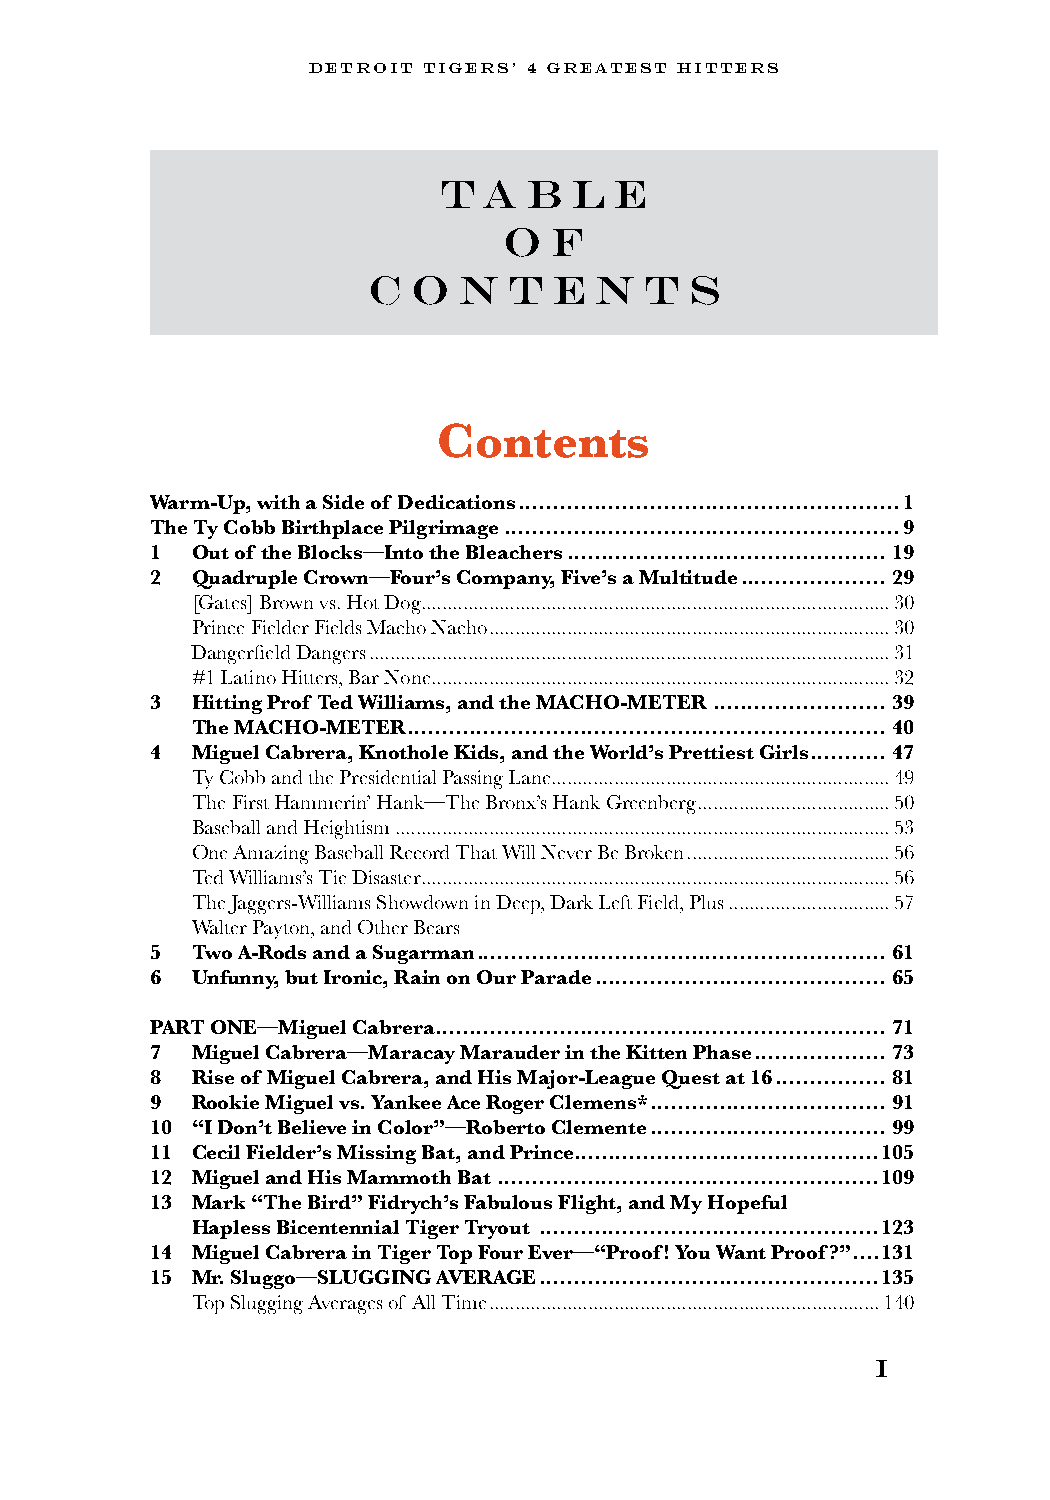
DETROIT TIGERS’ 4 GREATEST HITTERS
 T  a  b  l  e
 o  f
 C  O  N   T  E N   T  S
 Contents
 Warm-Up, with a Side of Dedications .......................................................1
 The Ty Cobb Birthplace Pilgrimage .........................................................9
 1  Out of the Blocks—Into the Bleachers ..............................................19
 2  Quadruple Crown—Four’s Company, Five’s a Multitude .....................29
 [Gates] Brown vs. Hot Dog ..........................................................................................30
 Prince Fielder Fields Macho Nacho .............................................................................30
 Dangerfield Dangers ....................................................................................................31
 #1 Latino Hitters, Bar None ........................................................................................32
 3  Hitting Prof Ted Williams, and the MACHO-METER .........................39
 The MACHO-METER ..................................................................... 40
 4  Miguel Cabrera, Knothole Kids, and the World’s Prettiest Girls ...........47
 Ty Cobb and the Presidential Passing Lane .................................................................49
 The First Hammerin’ Hank—The Bronx’s Hank Greenberg .....................................50
 Baseball and Heightism ...............................................................................................53
 One Amazing Baseball Record That Will Never Be Broken .......................................56
 Ted Williams’s Tie Disaster ..........................................................................................56
 The Jaggers-Williams Showdown in Deep, Dark Left Field, Plus ...............................57
 Walter Payton, and Other Bears
 5  Two A-Rods and a Sugarman ...........................................................61
 6  Unfunny, but Ironic, Rain on Our Parade ..........................................65
 PART ONE—Miguel Cabrera.................................................................71
 7  Miguel Cabrera—Maracay Marauder in the Kitten Phase ...................73
 8  Rise of Miguel Cabrera, and His Major-League Quest at 16 ................81
 9  Rookie Miguel vs. Yankee Ace Roger Clemens* ..................................91
 10 “I Don’t Believe in Color”—Roberto Clemente ..................................99
 11 Cecil Fielder’s Missing Bat, and Prince ............................................105
 12 Miguel and His Mammoth Bat .......................................................109
 13 Mark “The Bird” Fidrych’s Fabulous Flight, and My Hopeful
 Hapless Bicentennial Tiger Tryout .................................................123
 14 Miguel Cabrera in Tiger Top Four Ever—“Proof! You Want Proof?” ....131
 15 Mr. Sluggo—SLUGGING AVERAGE .................................................135
 Top Slugging Averages of All Time ...........................................................................140
 i